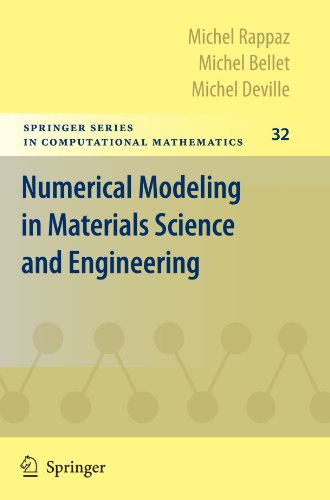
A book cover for Numerical Modeling in Materials Science and Engineering (Springer Series in Computational Mathematics); Michel Rappaz; Science & Math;